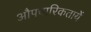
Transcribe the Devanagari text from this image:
औपचारिकतायें